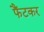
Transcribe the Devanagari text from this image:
फैंटकर